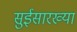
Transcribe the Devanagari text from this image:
सुईसारख्या